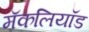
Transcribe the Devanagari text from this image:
मॅकलियॉड